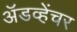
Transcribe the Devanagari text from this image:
अॅडव्हेंचर